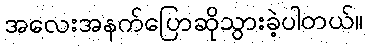
အလေးအနက်ပြောဆိုသွားခဲ့ပါတယ်။